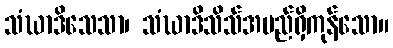
သံဃာဒိသေသာ၊ သံဃာဒိသိသ်အမည်ရှိကုန်သော။